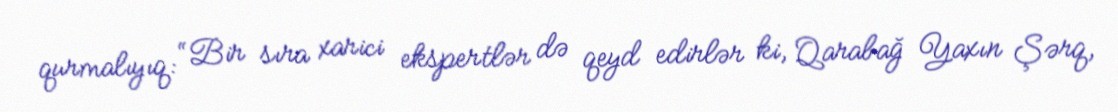
qurmalıyıq: “Bir sıra xarici ekspertlər də qeyd edirlər ki, Qarabağ Yaxın Şərq,